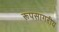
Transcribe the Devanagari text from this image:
रूपसागरीय